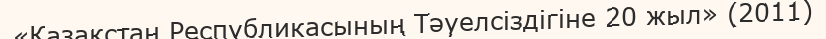
«Қазақстан Республикасының Тәуелсіздігіне 20 жыл» (2011)